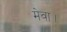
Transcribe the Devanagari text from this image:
मेवा।